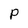
Character: p